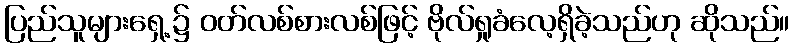
ပြည်သူများရှေ့၌ ဝတ်လစ်စားလစ်ဖြင့် ဗိုလ်ရှုခံလေ့ရှိခဲ့သည်ဟု ဆိုသည်။